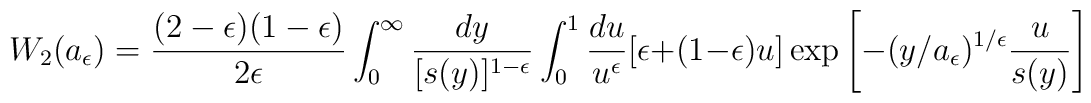
W_2(a_{\epsilon})\>=\> {(2-\epsilon)(1-\epsilon)\over 2 \epsilon}\int_0^\infty {dy  \over [s(y)]^{1-\epsilon}}\int_0^1 {du \over u^\epsilon} \>[\epsilon+(1-\epsilon)\> u] \>\exp\left [ - (y/a_{\epsilon})^{1/\epsilon} {u \over s(y)} \right ]